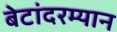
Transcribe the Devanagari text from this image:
बेटांदरम्यान